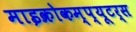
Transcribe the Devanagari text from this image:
माइक्रोकम्प्यूटर्स